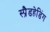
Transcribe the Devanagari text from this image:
स्प्रैडहेडिंग